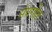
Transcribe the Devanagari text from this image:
मेघगीत